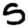
Digit: 5